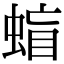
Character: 䗈